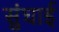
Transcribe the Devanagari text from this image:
सुंघाई